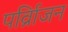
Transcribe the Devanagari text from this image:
पर्व्रािजन